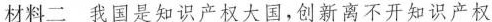
材料二 我国是知识产权大国,创新离不开知识产权